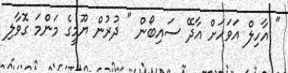
" އާހިލް އަވަހަށް އާދޭ ސައިބޯން " ދުރުން ޔޫމީގެ މަންމަ ގޮވާލި